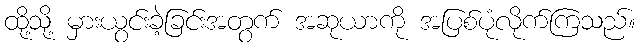
ထို့သို့ မှားယွင်းခဲ့ခြင်းအတွက် အဆုယာကို အပြစ်ပုံလိုက်ကြသည်။